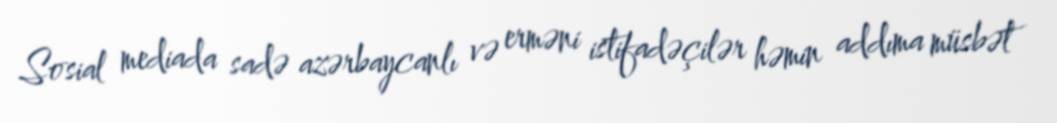
Sosial mediada sadə azərbaycanlı və erməni istifadəçilər həmin addıma müsbət